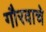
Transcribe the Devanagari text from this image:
गौरवाचे